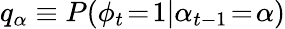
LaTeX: q_{\alpha}\equiv P(\phi_{t}\! =\! 1|\alpha_{t-1}\! =\! \alpha)